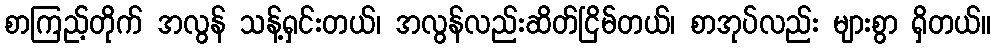
စာကြည့်တိုက် အလွန် သန့်ရှင်းတယ်၊ အလွန်လည်းဆိတ်ငြိမ်တယ်၊ စာအုပ်လည်း များစွာ ရှိတယ်။